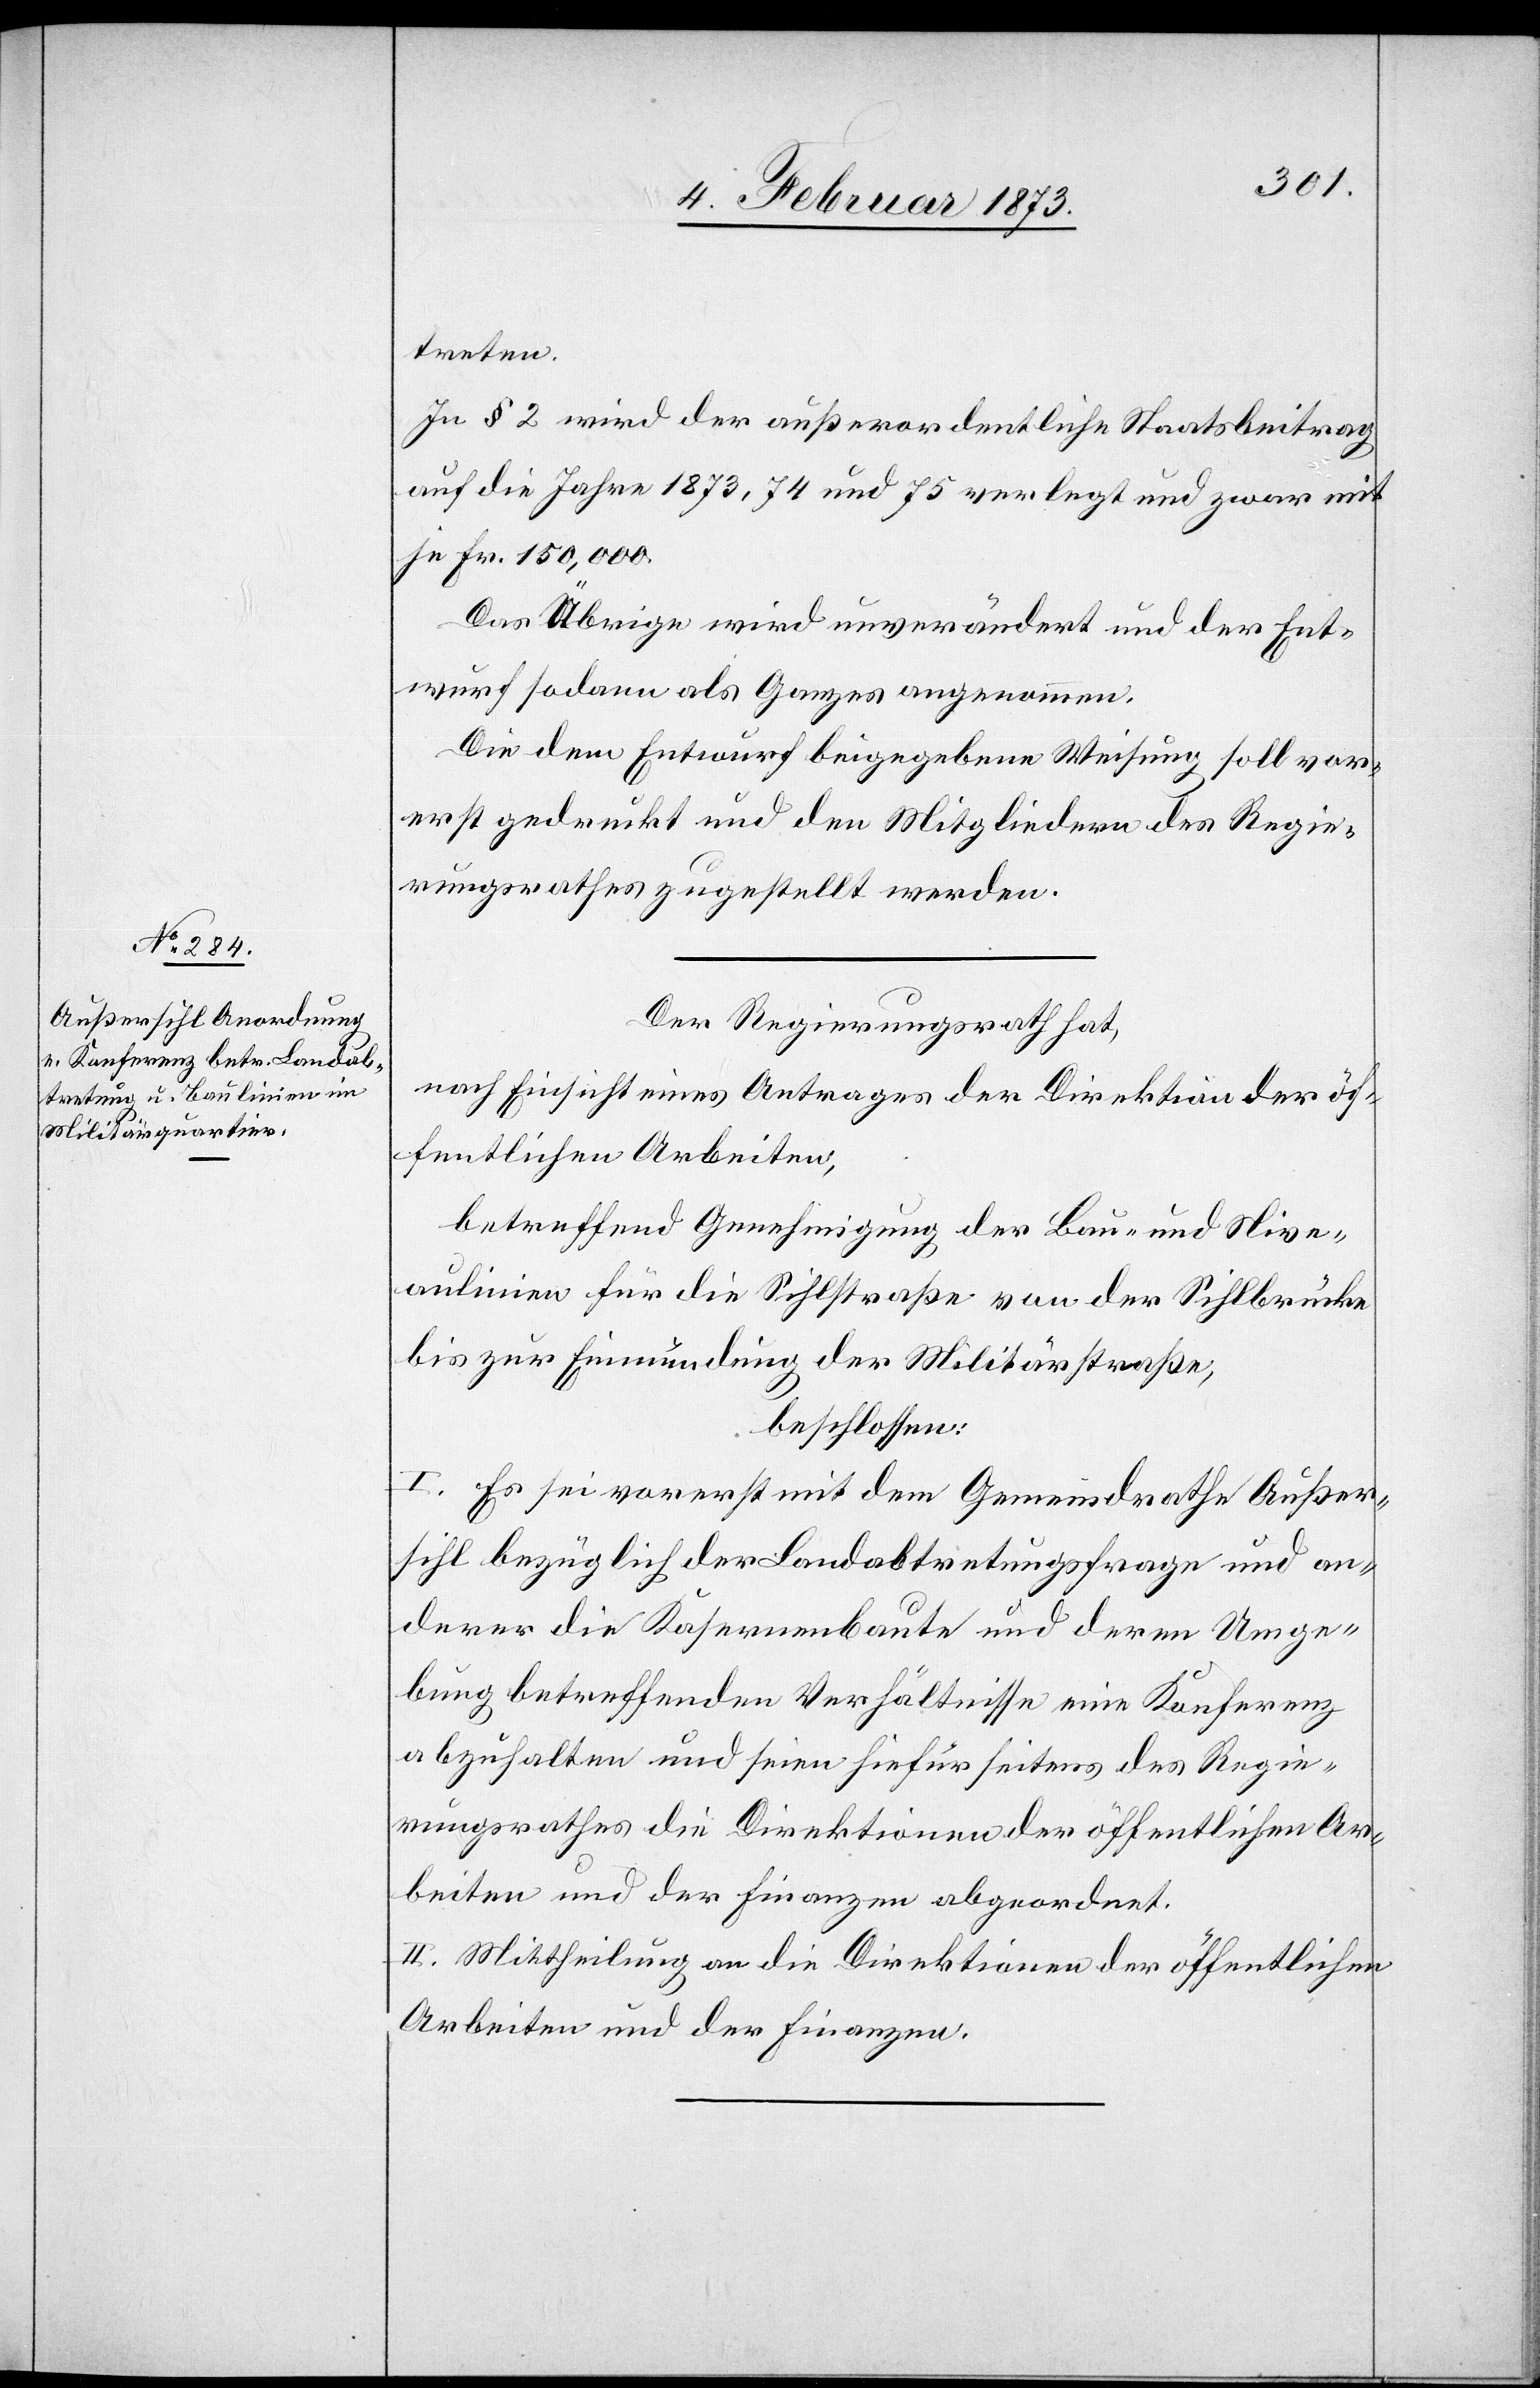
treten.
In § 2 wird der außerordentliche Staatsbeitrag
auf die Jahre 1873, 74 und 75 verlegt und zwar mit
je Fr. 150,000.
Das Übrige wird unverändert und der Ent¬
wurf sodann als Ganzes angenommen.
Die dem Entwurf beigegebene Weisung soll vor¬
erst gedruckt und den Mitgliedern des Regie¬
rungsrathes zugestellt werden.
Der Regierungsrath hat,
nach Einsicht eines Antrages der Direktion der öf¬
fentlichen Arbeiten,
betreffend Genehmigung der Bau- und Nive¬
aulinien für die Sihlstraße von der Sihlbrücke
bis zur Einmündung der Militärstraße,
beschlossen:
I. Es sei vorerst mit dem Gemeindrath Außer¬
sihl bezüglich der Landabtretungsfrage und an¬
derer die Kasernenbaute und deren Umge¬
bung betreffenden Verhältnisse eine Konferenz
abzuhalten und seien hiefür seitens des Regie¬
rungsrathes die Direktion der öffentlichen Ar¬
beiten und der Finanzen abgeordnet.
II. Mittheilung an die Direktion der öffentlichen
Arbeiten und der Finanzen.